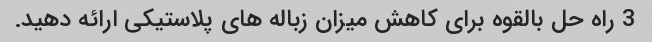
3 راه حل بالقوه برای کاهش میزان زباله های پلاستیکی ارائه دهید.